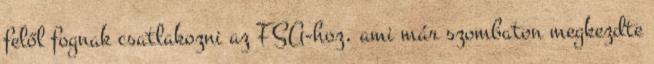
felől fognak csatlakozni az FSA-hoz, ami már szombaton megkezdte